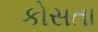
કોસતા